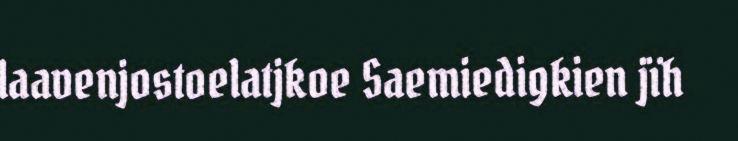
laavenjostoelatjkoe Saemiedigkien jïh